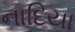
નાદિયા